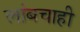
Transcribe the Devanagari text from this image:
लांबचाही